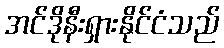
အင်ဒိုနီးရှားနိုင်ငံသည်